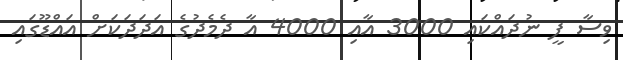
ވިސާ ފީ ނުދައްކައި 3000 އާއި 4000 އާ ދެމެދުގެ އަދަދަކަށް އައްޑޫގައި